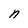
Character: n